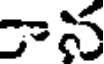
ాన